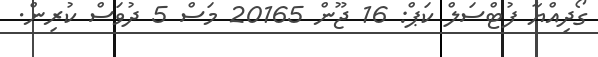
ގޯދިއްޔާ ފުޓްސަލް ކަޕް: 16 ޖޫން 20165 މަސް 5 ދުވަސް ކުރިން.